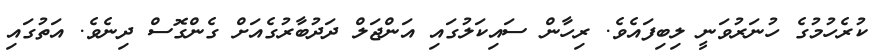
ކުރެހުމުގެ ހުނަރުވަނީ ލިބިފައެވެ. ރިހާން ސައިކަލުގައި އަންޖަލް ދަދުބާރުގެއަށް ގެންގޮސް ދިނެވެ. އަތުގަައި